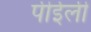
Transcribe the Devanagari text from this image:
पीईली